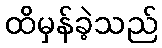
ထိမှန်ခဲ့သည်